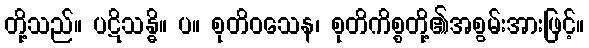
တို့သည်။ ပဋိသန္ဓိ။ ပ။ စုတိဝသေန၊ စုတိကိစ္စတို့၏အစွမ်းအားဖြင့်။